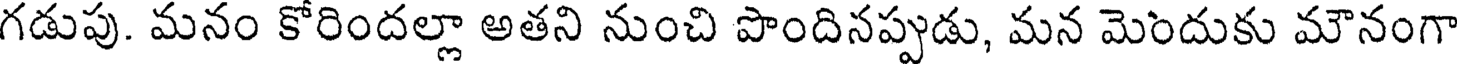
గడుపు. మనం కోరిందల్లా అతని నుంచి పొందినప్పుడు, మన మెందుకు మౌనంగా